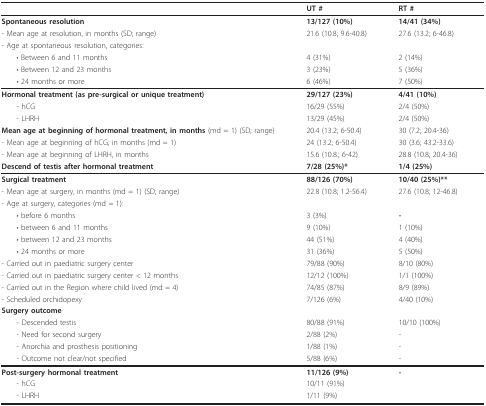
<table><thead><tr><td></td><td><b>UT #</b></td><td><b>RT #</b></td></tr></thead><tbody><tr><td><b>Spontaneous resolution</b></td><td><b>13/127 (10%)</b></td><td><b>14/41 (34%)</b></td></tr><tr><td>- Mean age at resolution, in months (SD; range)</td><td>21.6 (10.8; 9.6-40.8)</td><td>27.6 (13.2; 6-46.8)</td></tr><tr><td>- Age at spontaneous resolution, categories:</td><td></td><td></td></tr><tr><td> • Between 6 and 11 months</td><td>4 (31%)</td><td>2 (14%)</td></tr><tr><td> • Between 12 and 23 months</td><td>3 (23%)</td><td>5 (36%)</td></tr><tr><td> • 24 months or more</td><td>6 (46%)</td><td>7 (50%)</td></tr><tr><td><b>Hormonal treatment (as pre-surgical or unique treatment)</b></td><td><b>29/127 (23%)</b></td><td><b>4/41 (10%)</b></td></tr><tr><td> - hCG</td><td>16/29 (55%)</td><td>2/4 (50%)</td></tr><tr><td> - LHRH</td><td>13/29 (45%)</td><td>2/4 (50%)</td></tr><tr><td><b>Mean age at beginning of hormonal treatment, in months </b>(md = 1) (SD; range)</td><td>20.4 (13.2; 6-50.4)</td><td>30 (7.2; 20.4-36)</td></tr><tr><td>- Mean age at beginning of hCG, in months (md = 1)</td><td>24 (13.2; 6-50.4)</td><td>30 (3.6; 43.2-33.6)</td></tr><tr><td>- Mean age at beginning of LHRH, in months</td><td>15.6 (10.8.; 6-42)</td><td>28.8 (10.8; 20.4-36)</td></tr><tr><td><b>Descend of testis after hormonal treatment</b></td><td><b>7/28 (25%)*</b></td><td><b>1/4 (25%)</b></td></tr><tr><td><b>Surgical treatment</b></td><td><b>88/126 (70%)</b></td><td><b>10/40 (25%)**</b></td></tr><tr><td>- Mean age at surgery, in months (md = 1) (SD; range)</td><td>22.8 (10.8; 1.2-56.4)</td><td>27.6 (10.8; 12-46.8)</td></tr><tr><td>- Age at surgery, categories (md = 1):</td><td></td><td></td></tr><tr><td> • before 6 months</td><td>3 (3%)</td><td><b>-</b></td></tr><tr><td> • between 6 and 11 months</td><td>9 (10%)</td><td>1 (10%)</td></tr><tr><td> • between 12 and 23 months</td><td>44 (51%)</td><td>4 (40%)</td></tr><tr><td> • 24 months or more</td><td>31 (36%)</td><td>5 (50%)</td></tr><tr><td>- Carried out in paediatric surgery center</td><td>79/88 (90%)</td><td>8/10 (80%)</td></tr><tr><td>- Carried out in paediatric surgery center &lt; 12 months</td><td>12/12 (100%)</td><td>1/1 (100%)</td></tr><tr><td>- Carried out in the Region where child lived (md = 4)</td><td>74/85 (87%)</td><td>8/9 (89%)</td></tr><tr><td>- Scheduled orchidopexy</td><td>7/126 (6%)</td><td>4/40 (10%)</td></tr><tr><td><b>Surgery outcome</b></td><td></td><td></td></tr><tr><td> - Descended testis</td><td>80/88 (91%)</td><td>10/10 (100%)</td></tr><tr><td> - Need for second surgery</td><td>2/88 (2%)</td><td>-</td></tr><tr><td> - Anorchia and prosthesis positioning</td><td>1/88 (1%)</td><td>-</td></tr><tr><td> - Outcome not clear/not specified</td><td>5/88 (6%)</td><td>-</td></tr><tr><td><b>Post-surgery hormonal treatment</b></td><td><b>11/126 (9%)</b></td><td><b>-</b></td></tr><tr><td> - hCG</td><td>10/11 (91%)</td><td></td></tr><tr><td> - LHRH</td><td>1/11 (9%)</td><td></td></tr></tbody></table>